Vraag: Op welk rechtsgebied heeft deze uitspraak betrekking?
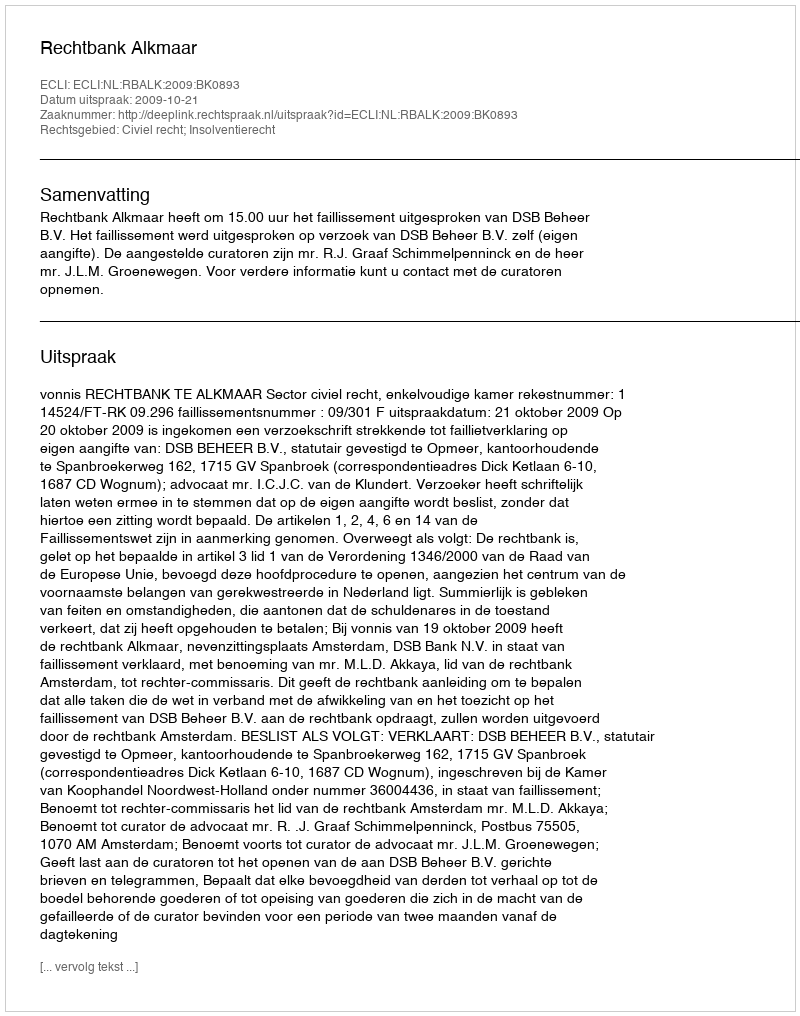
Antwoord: Civiel recht; Insolventierecht